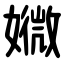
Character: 㜫